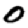
Digit: 0